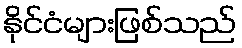
နိုင်ငံများဖြစ်သည်